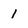
Character: 1